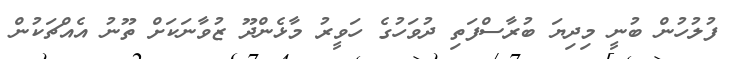
ފުލުހުން ބުނީ މިދިޔަ ބުރާސްފަތި ދުވަހުގެ ހަވީރު މާޅެންދޫ ޒުވާނަކަށް ތޫނު އެއްޗަކުން